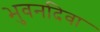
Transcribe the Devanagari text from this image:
भुवनदिवा